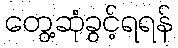
တွေ့ဆုံခွင့်ရရန်